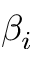
\beta _ { i }